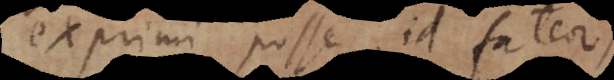
exprimi posse, id fateor;